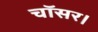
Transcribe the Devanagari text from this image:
चॉसर।